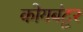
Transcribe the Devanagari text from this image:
कोयबंटूर